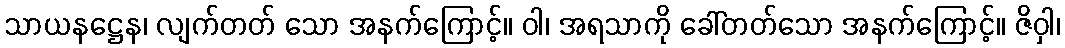
သာယနဋ္ဌေန၊ လျက်တတ် သော အနက်ကြောင့်။ ဝါ၊ အရသာကို ခေါ်တတ်သော အနက်ကြောင့်။ ဇိဝှါ၊